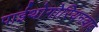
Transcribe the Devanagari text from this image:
पाईथोगोरियनवाद